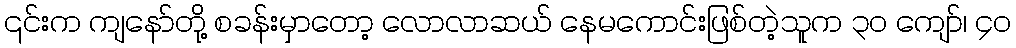
၎င်းက ကျနော်တို့ စခန်းမှာတော့ လောလာဆယ် နေမကောင်းဖြစ်တဲ့သူက ၃၀ ကျော်၊ ၄၀